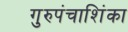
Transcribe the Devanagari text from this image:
गुरुपंचाशिंका